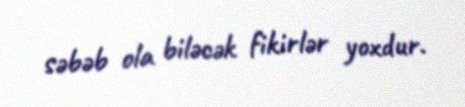
səbəb ola biləcək fikirlər yoxdur.